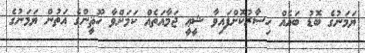
ޔަމަނުގެ ބޮޑު ބައެއް ހިސާރުކޮށްފައިވާ ޝީޢީ ޖަމާއަތެއް ކަމަށްވާ ހޫޘީންގެ އަތުން ޔަމަނުގެ